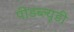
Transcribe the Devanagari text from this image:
पीडब्‍ल्‍यूडी